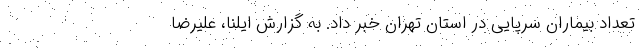
تعداد بیماران سرپایی در استان تهران خبر داد. به گزارش ایلنا، علیرضا